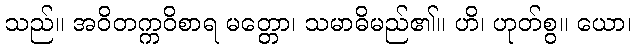
သည်။ အဝိတက္ကဝိစာရ မတ္တော၊ သမာဓိမည်၏။ ဟိ၊ ဟုတ်စွ။ ယော၊